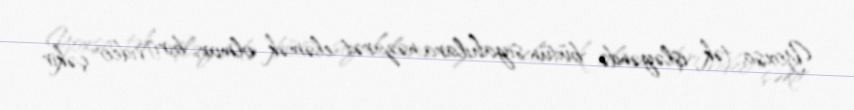
Yoxsa tək işləyəndə bütün siyahılara nəzarət eləmək olmur, biri video çəkir